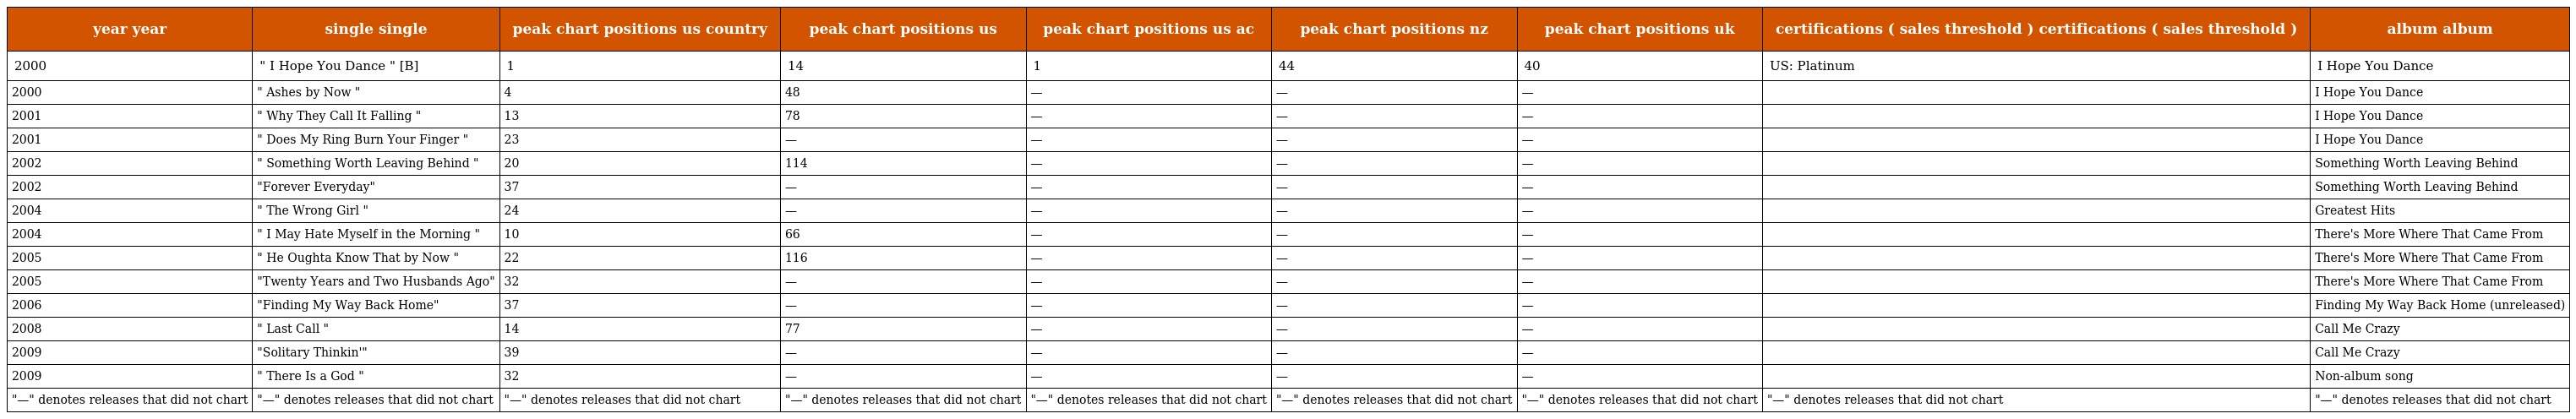
| year year | single single | peak chart positions us country | peak chart positions us | peak chart positions us ac | peak chart positions nz | peak chart positions uk | certifications ( sales threshold ) certifications ( sales threshold ) | album album |
 | --- | --- | --- | --- | --- | --- | --- | --- | --- |
 | 2000 | " I Hope You Dance " [B] | 1 | 14 | 1 | 44 | 40 | US: Platinum | I Hope You Dance |
 | 2000 | " Ashes by Now " | 4 | 48 | — | — | — |  | I Hope You Dance |
 | 2001 | " Why They Call It Falling " | 13 | 78 | — | — | — |  | I Hope You Dance |
 | 2001 | " Does My Ring Burn Your Finger " | 23 | — | — | — | — |  | I Hope You Dance |
 | 2002 | " Something Worth Leaving Behind " | 20 | 114 | — | — | — |  | Something Worth Leaving Behind |
 | 2002 | "Forever Everyday" | 37 | — | — | — | — |  | Something Worth Leaving Behind |
 | 2004 | " The Wrong Girl " | 24 | — | — | — | — |  | Greatest Hits |
 | 2004 | " I May Hate Myself in the Morning " | 10 | 66 | — | — | — |  | There's More Where That Came From |
 | 2005 | " He Oughta Know That by Now " | 22 | 116 | — | — | — |  | There's More Where That Came From |
 | 2005 | "Twenty Years and Two Husbands Ago" | 32 | — | — | — | — |  | There's More Where That Came From |
 | 2006 | "Finding My Way Back Home" | 37 | — | — | — | — |  | Finding My Way Back Home (unreleased) |
 | 2008 | " Last Call " | 14 | 77 | — | — | — |  | Call Me Crazy |
 | 2009 | "Solitary Thinkin'" | 39 | — | — | — | — |  | Call Me Crazy |
 | 2009 | " There Is a God " | 32 | — | — | — | — |  | Non-album song |
 | "—" denotes releases that did not chart | "—" denotes releases that did not chart | "—" denotes releases that did not chart | "—" denotes releases that did not chart | "—" denotes releases that did not chart | "—" denotes releases that did not chart | "—" denotes releases that did not chart | "—" denotes releases that did not chart | "—" denotes releases that did not chart |